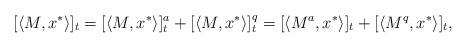
LaTeX: \begin{align*}[\langle M, x^*\rangle]_t = [\langle M, x^*\rangle]^a_t + [\langle M, x^*\rangle]^q_t = [\langle M^a, x^*\rangle]_t + [\langle M^q, x^*\rangle]_t,\end{align*}